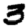
Digit: 3